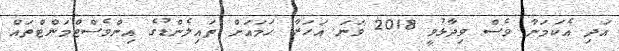
އަދި އެކަމަނާ ވެސް ވިދާޅުވީ 2018 ވަނަ އަހަރާ ހަމައަށް ތައިލެންޑުގެ އިންވެސްޓްމަންޓްތައް